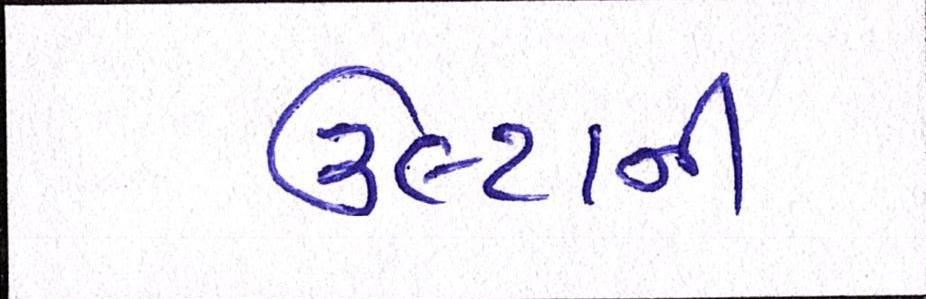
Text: ઉલ્ટાની